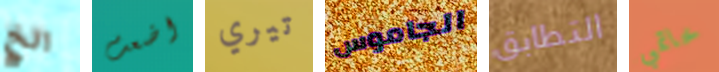
الخ اضعت تيري الجاموس التطابق خاتمي